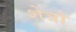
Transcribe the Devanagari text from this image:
शेत्रो